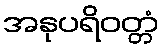
အနုပရိဝတ္တံ